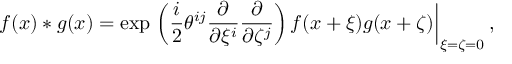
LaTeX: f ( x ) \ast g ( x ) = \exp \left. \left( \frac { i } { 2 } \theta ^ { i j } \frac { \partial } { \partial \xi ^ { i } } \frac { \partial } { \partial \zeta ^ { j } } \right) f ( x + \xi ) g ( x + \zeta ) \right| _ { \xi = \zeta = 0 } ,